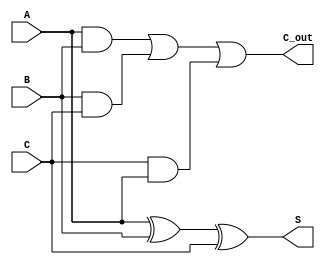
module CSA_Cell(
    input [31:0] A, // Input A
    input [31:0] B, // Input B
    input [31:0] C, // Input C
    output [31:0] S, // Sum output
    output [31:0] C_out // Carry output
);
    assign S = A ^ B ^ C; // Sum is the XOR of A, B, and C
    assign C_out = (A & B) | (B & C) | (C & A); // Carry is the OR of the ANDs
endmodule